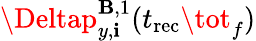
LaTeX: \Deltap_{y,\mathbf{i}}^{\mathbf{{B}},1}(t_{\mathrm{{rec}}}\tot_{f})